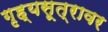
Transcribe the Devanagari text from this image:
गृह्यसूत्रावर